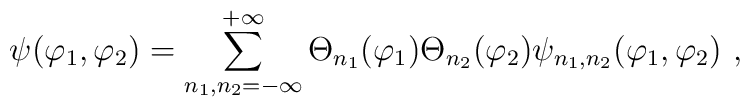
\psi(\varphi_{1},\varphi_{2}) =\sum_{n_{1},n_{2} = - \infty}^{+ \infty} \Theta_{n_{1}}(\varphi_{1})\Theta_{n_{2}}(\varphi_{2}) \psi_{n_{1},n_{2}}(\varphi_{1},\varphi_{2}) \ ,